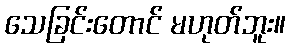
သေခြင်းတောင် မဟုတ်ဘူး။